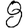
Digit: 8